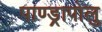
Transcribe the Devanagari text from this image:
पाण्ड्रापोलु